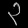
Digit: ၃